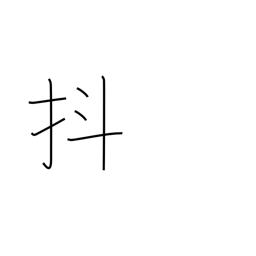
Meaning: jiggle